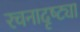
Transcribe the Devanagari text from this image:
रचनादृष्ट्या